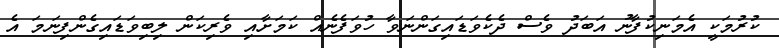
ކުރުމަކީ އެމަނިކުފާނު އަބަދު ވެސް ދެކެވަޑައިގަންނަވާ ހުވަފެނެއް ކަމަށާއި ވެރިކަން ލިބިވަޑައިގެންފިނަމަ އެ